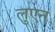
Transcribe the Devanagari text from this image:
लुएन